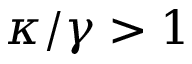
\kappa / \gamma > 1